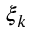
\xi _ { k }